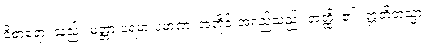
ဝိစာရော၊ သည်။ မတ္တာ ပရမာ ပမာဏံ၊ အတိုင်းအရှည်သည်။ အတ္ထိ၊ ၏။ ဣတိတသ္မာ၊